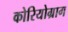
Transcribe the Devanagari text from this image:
कोरियोग्राग